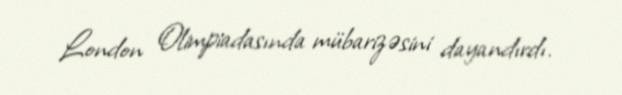
London Olimpiadasında mübarizəsini dayandırdı.